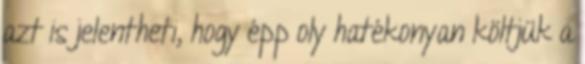
azt is jelentheti, hogy épp oly hatékonyan költjük a